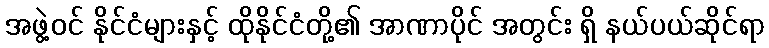
အဖွဲ့ဝင် နိုင်ငံများနှင့် ထိုနိုင်ငံတို့၏ အာဏာပိုင် အတွင်း ရှိ နယ်ပယ်ဆိုင်ရာ